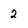
Character: 2